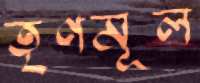
তৃণমূল